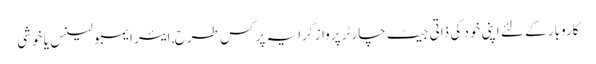
کاروبار کے لئے اپنی خود کی ذاتی جیٹ چارٹر پرواز کرایہ پر کس طرح, ایئر ایمبولینس یا خوشی